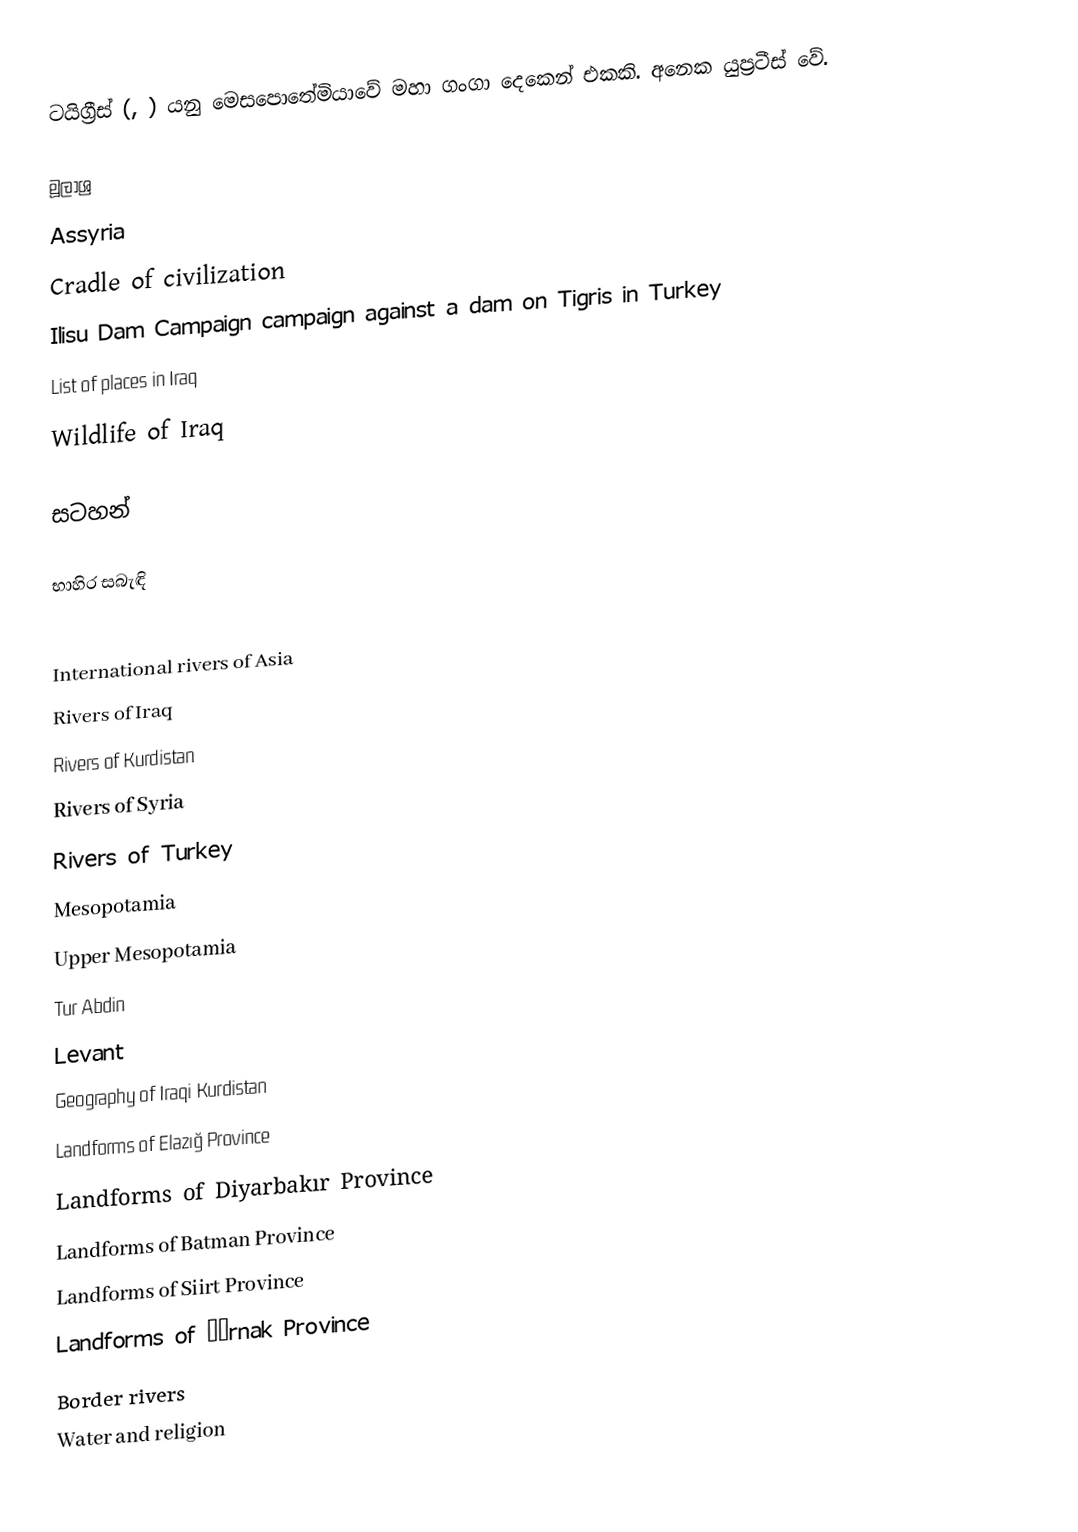
ටයිග්‍රීස් (, ) යනු මෙසපොතේමියාවේ මහා ගංගා දෙකෙන් එකකි. අනෙක යුප්‍රටීස් වේ.

මූලාශ්‍ර
 Assyria
 Cradle of civilization
 Ilisu Dam Campaign campaign against a dam on Tigris in Turkey
 List of places in Iraq
 Wildlife of Iraq

සටහන්

භාහිර සබැඳි

International rivers of Asia
Rivers of Iraq
Rivers of Kurdistan
Rivers of Syria
Rivers of Turkey
Mesopotamia
Upper Mesopotamia
Tur Abdin
Levant
Geography of Iraqi Kurdistan
Landforms of Elazığ Province
Landforms of Diyarbakır Province
Landforms of Batman Province
Landforms of Siirt Province
Landforms of Şırnak Province
Border rivers
Water and religion